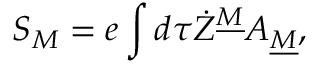
S _ { M } = e \int d \tau \dot { Z } ^ { \underline { { M } } } A _ { \underline { { M } } } ,